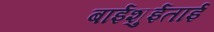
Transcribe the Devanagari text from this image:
बाईशुईताई